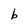
Character: b